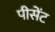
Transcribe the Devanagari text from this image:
पीसेंट